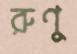
রুণু